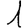
Digit: 1